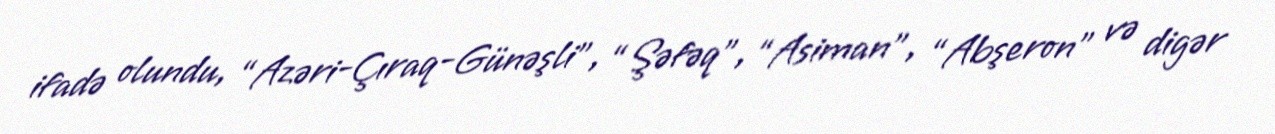
ifadə olundu, “Azəri-Çıraq-Günəşli”, “Şəfəq”, “Asiman”, “Abşeron” və digər